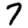
Digit: 7